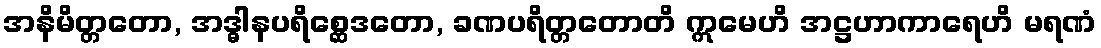
အနိမိတ္တတော, အဒ္ဓါနပရိစ္ဆေဒတော, ခဏပရိတ္တတောတိ ဣမေဟိ အဋ္ဌဟာကာရေဟိ မရဏံ